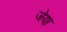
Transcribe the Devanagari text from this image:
जेया